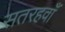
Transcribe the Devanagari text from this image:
सतरहवाँ